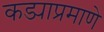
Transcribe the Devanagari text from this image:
कड्याप्रमाणे